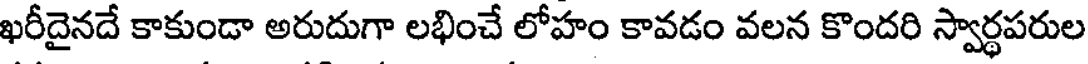
ఖరీదైనదే కాకుండా అరుదుగా లభించే లోహం కావడం వలన కొందరి స్వార్థపరుల